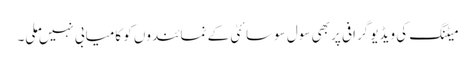
میٹنگ کی ویڈیو گرافی پر بھی سول سوسائٹی کے نمائندوں کو کامیابی نہیں ملی۔